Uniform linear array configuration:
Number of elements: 24
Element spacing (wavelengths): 1
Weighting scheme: exponential
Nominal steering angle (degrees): -30
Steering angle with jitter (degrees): -30.196
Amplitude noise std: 0.05
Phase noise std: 0.05

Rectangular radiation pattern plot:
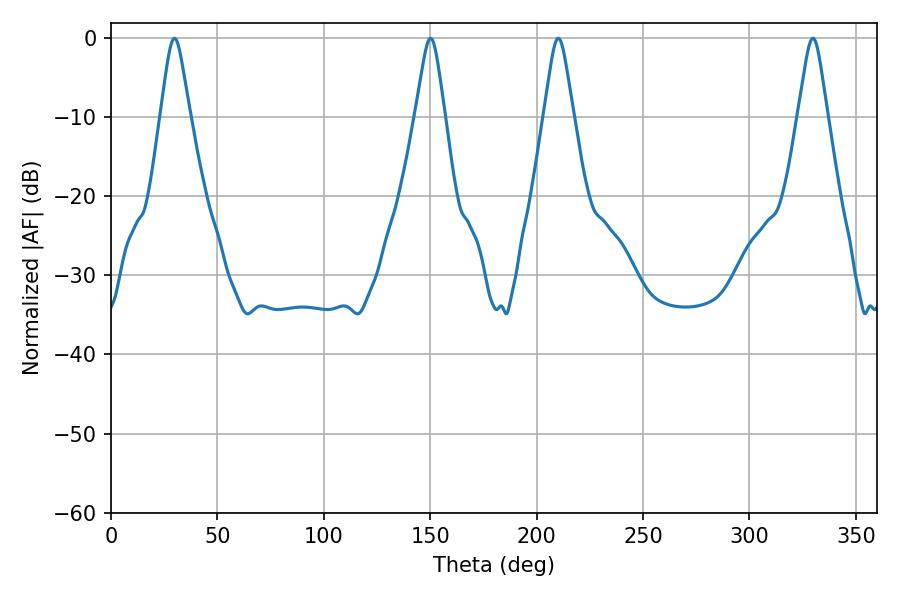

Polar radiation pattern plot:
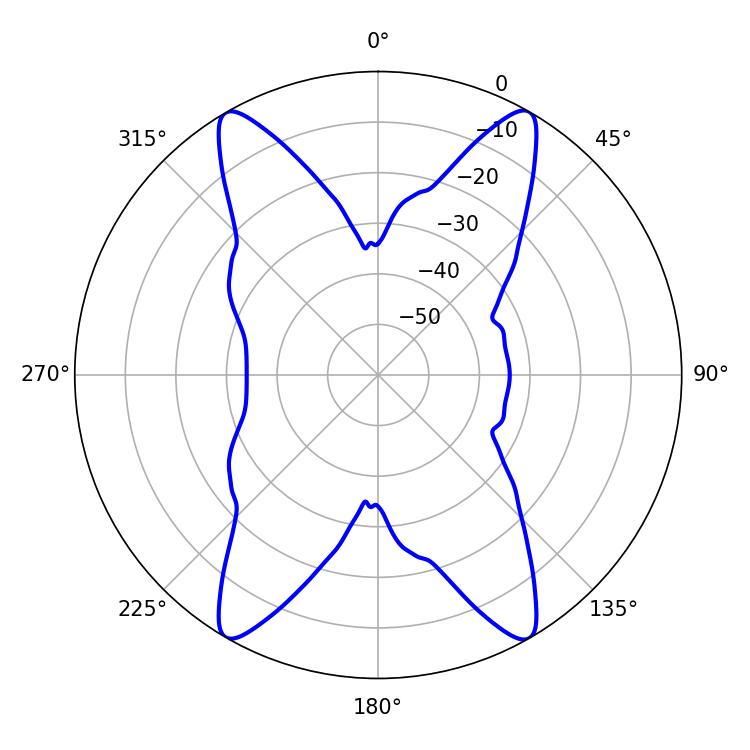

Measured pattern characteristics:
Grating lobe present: TRUE
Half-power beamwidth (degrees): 6.48
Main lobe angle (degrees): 29.88